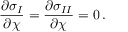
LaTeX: { \frac { \partial \sigma _ { I } } { \partial \chi } } = { \frac { \partial \sigma _ { I I } } { \partial \chi } } = 0 \, .